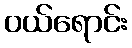
ဝယ်ရောင်း